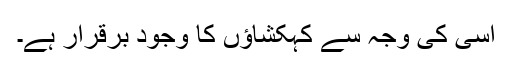
اسی کی وجہ سے کہکشاؤں کا وجود برقرار ہے۔